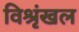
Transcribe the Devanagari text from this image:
विश्रृंखल